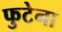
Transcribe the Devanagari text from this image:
फुटेना